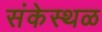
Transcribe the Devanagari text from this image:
संकेस्थळ